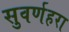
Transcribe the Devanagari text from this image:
सुवर्णहरा